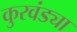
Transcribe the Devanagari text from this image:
कुरवंड्या